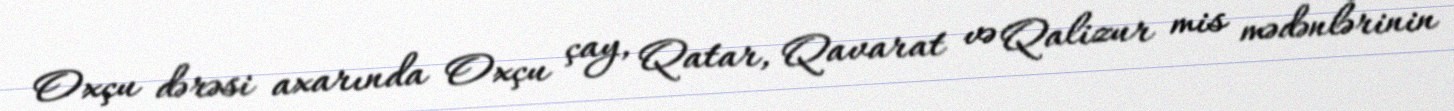
Oxçu dərəsi axarında Oxçu çay, Qatar, Qavarat və Qalizur mis mədənlərinin